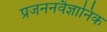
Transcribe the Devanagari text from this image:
प्रजननवैज्ञानिक